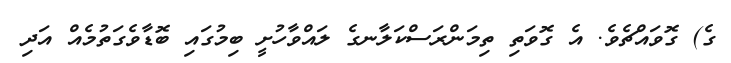
ގެ) ގޮވައްޗެވެ. އެ ގޮވަތި ތިމަންރަސްކަލާނގެ ލައްވާހުށީ ބިމުގައި ބޮޑާވެގަތުމެއް އަދި